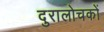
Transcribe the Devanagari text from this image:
दुरालोचकों